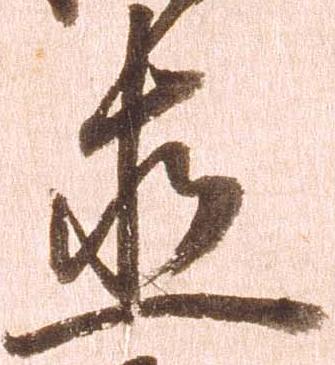
直